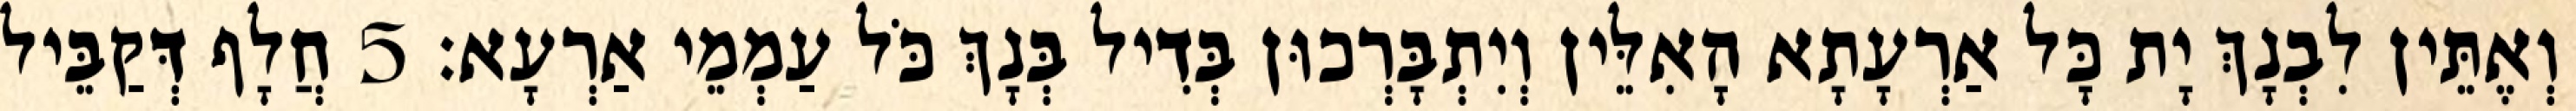
וְאֶתֵּין לִבְנָךְ יָת כָּל אַרְעָתָא הָאִלֵּין וְיִתְבָּרְכוּן בְּדִיל בְּנָךְ כֹּל עַמְמֵי אַרְעָא׃ 5 חֲלָף דְּקַבֵּיל